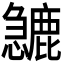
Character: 𱟙